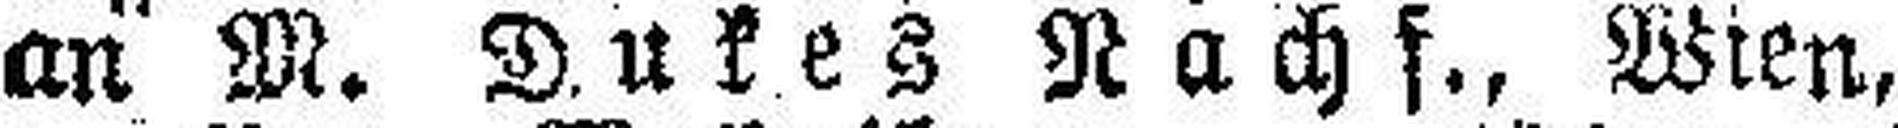
an M. Dukes Nachf., Wien,